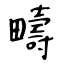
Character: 疇